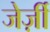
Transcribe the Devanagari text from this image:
जेर्ज़ी